Lunatic asylums Central Provinces reports 1910-1926 - 1910-1926
Year: 1910
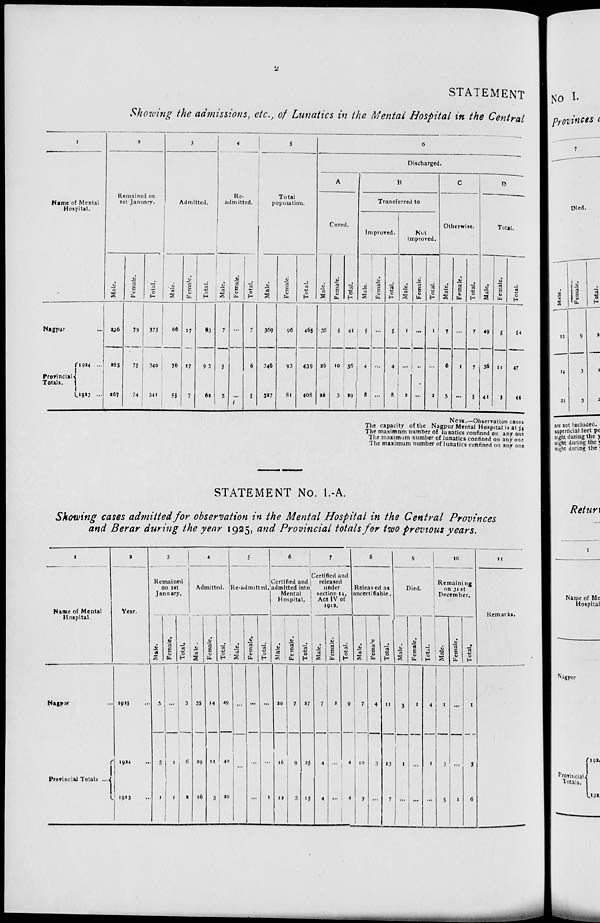
2
STATEMENT
Showing the admissions, etc., of Lunatics in the Mental Hospital in the Central
1
Name of Mental
Hospital.
Nagpur ...
Provincial
Totals.
1924
...
1923 ...
2
Remained on
1st January.
Male.
206
265
276
Female.
79
75
74
Total.
375
340
341
3
Admitted.
Male.
66
76
55
Female.
17
17
7
Total.
83
93
62
4
Re-
admitted.
Male.
7
6
5
Female.
...
...
...
Total.
7
6
5
5
Total
population.
Male.
369
346
327
Female.
96
93
81
Total.
465
439
408
6
Discharged.
A
Cured.
Male.
36
26
26
Female.
5
10
3
Total.
41
36
29
B
Transferred to
Improved.
Male.
5
4
8
Female.
...
...
...
Total.
5
4
8
Not
improved.
Male.
1
...
2
Female.
...
...
...
Total.
1
...
2
C
Otherwise.
Male.
7
6
5
Female.
...
1
...
Total.
7
7
5
D
Total.
Male.
49
36
41
Female.
5
11
3
Total.
54
47
44
NOTE.—Observation cases
The capacity of the Nagpur Mental Hospital is at 54
The maximum number of lunatics confined on any one
The maximum number of lunatics confined on any one
The maximum number of lunatics confined on any one
STATEMENT No. I.-A.
Showing cases admitted for observation in the Mental Hospital in the Central Provinces
and Berar during the year 1925, and Provincial totals for two previous years.
1
Name of Mental
Hospital.
Nagpur ...
Provincial Totals ...
2
Year.
1925 ...
1924 ...
1923 ...
3
Remained
on 1st
January.
Male.
3
5
1
Female.
...
1
1
Total.
3
6
2
4
Admitted.
Male.
35
29
26
Female.
14
11
3
Total.
49
40
29
5
Re-admitted.
Male.
...
...
...
Female.
...
...
...
Total.
...
...
1
6
Certified and
admitted into
Mental
Hospital.
Male.
20
16
12
Female.
7
9
3
Total.
27
25
15
7
Certified and
released
under
section 14,
Act IV of
1912.
Male.
7
4
4
Female.
2
...
...
Total.
9
4
4
8
Released as
uncertifiable.
Male.
7
10
7
Female.
4
3
...
Total.
11
13
7
9
Died.
Male.
3
1
...
Female.
1
...
...
Total.
4
1
...
10
Remaining
on 31 st
December.
Male.
1
3
5
Female.
...
...
1
Total.
1
3
6
11
Remarks.